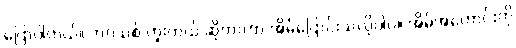
ပြောပါတယ်။ ဘဝသစ် ကူးတယ် ဆိုတာဟာ အိမ်ပြောင်းသလိုပါပဲ။ အိမ်အဟောင်းကို